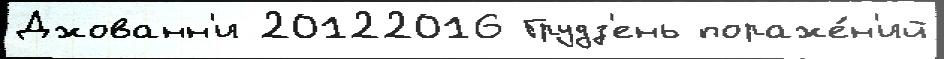
Джованн'и 20122016 Грудз'ень пораже́н'ий